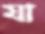
যা